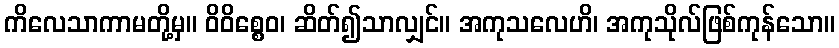
ကိလေသာကာမတို့မှ။ ဝိဝိစ္စေဝ၊ ဆိတ်၍သာလျှင်။ အကုသလေဟိ၊ အကုသိုလ်ဖြစ်ကုန်သော။